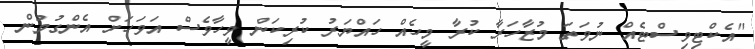
"އެކްޓިވިސްޓެއް ނުވަތަ މުޒާހަރާ ކުރާ މީހެއް ހައްޔަރު ކުރިކަން ވީހާވެސް އަވަހަށް އެންގުމުން